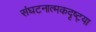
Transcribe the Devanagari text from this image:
संघटनात्मकदृष्ट्या